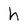
Character: h